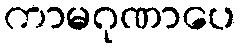
ကာမဂုဏာပေ